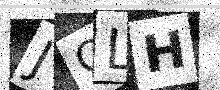
Text: JOLH